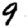
Digit: 9